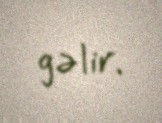
gəlir.